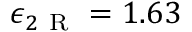
\epsilon _ { 2 \mathrm { ~ R ~ } } = 1 . 6 3